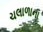
ચલાળાના